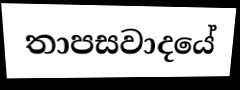
තාපසවාදයේ